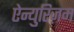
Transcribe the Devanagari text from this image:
ऐन्युरिज़म